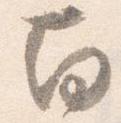
南